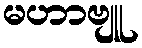
မဟာဗျူ